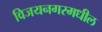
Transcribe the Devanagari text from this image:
विजयनगरमधील